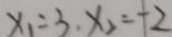
x _ { 1 } = 3 , x _ { 2 } = - 2